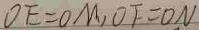
O E = O M , O F = O N